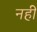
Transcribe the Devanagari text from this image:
नहीें